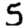
Digit: 5